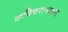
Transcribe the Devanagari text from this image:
कवित्तरत्नाकर